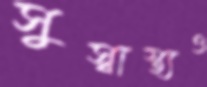
সুস্বাস্থ্যও